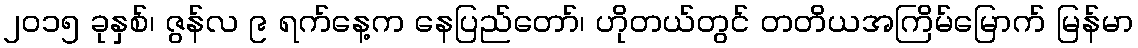
၂၀၁၅ ခုနှစ်၊ ဇွန်လ ၉ ရက်နေ့က နေပြည်တော်၊ ဟိုတယ်တွင် တတိယအကြိမ်မြောက် မြန်မာ